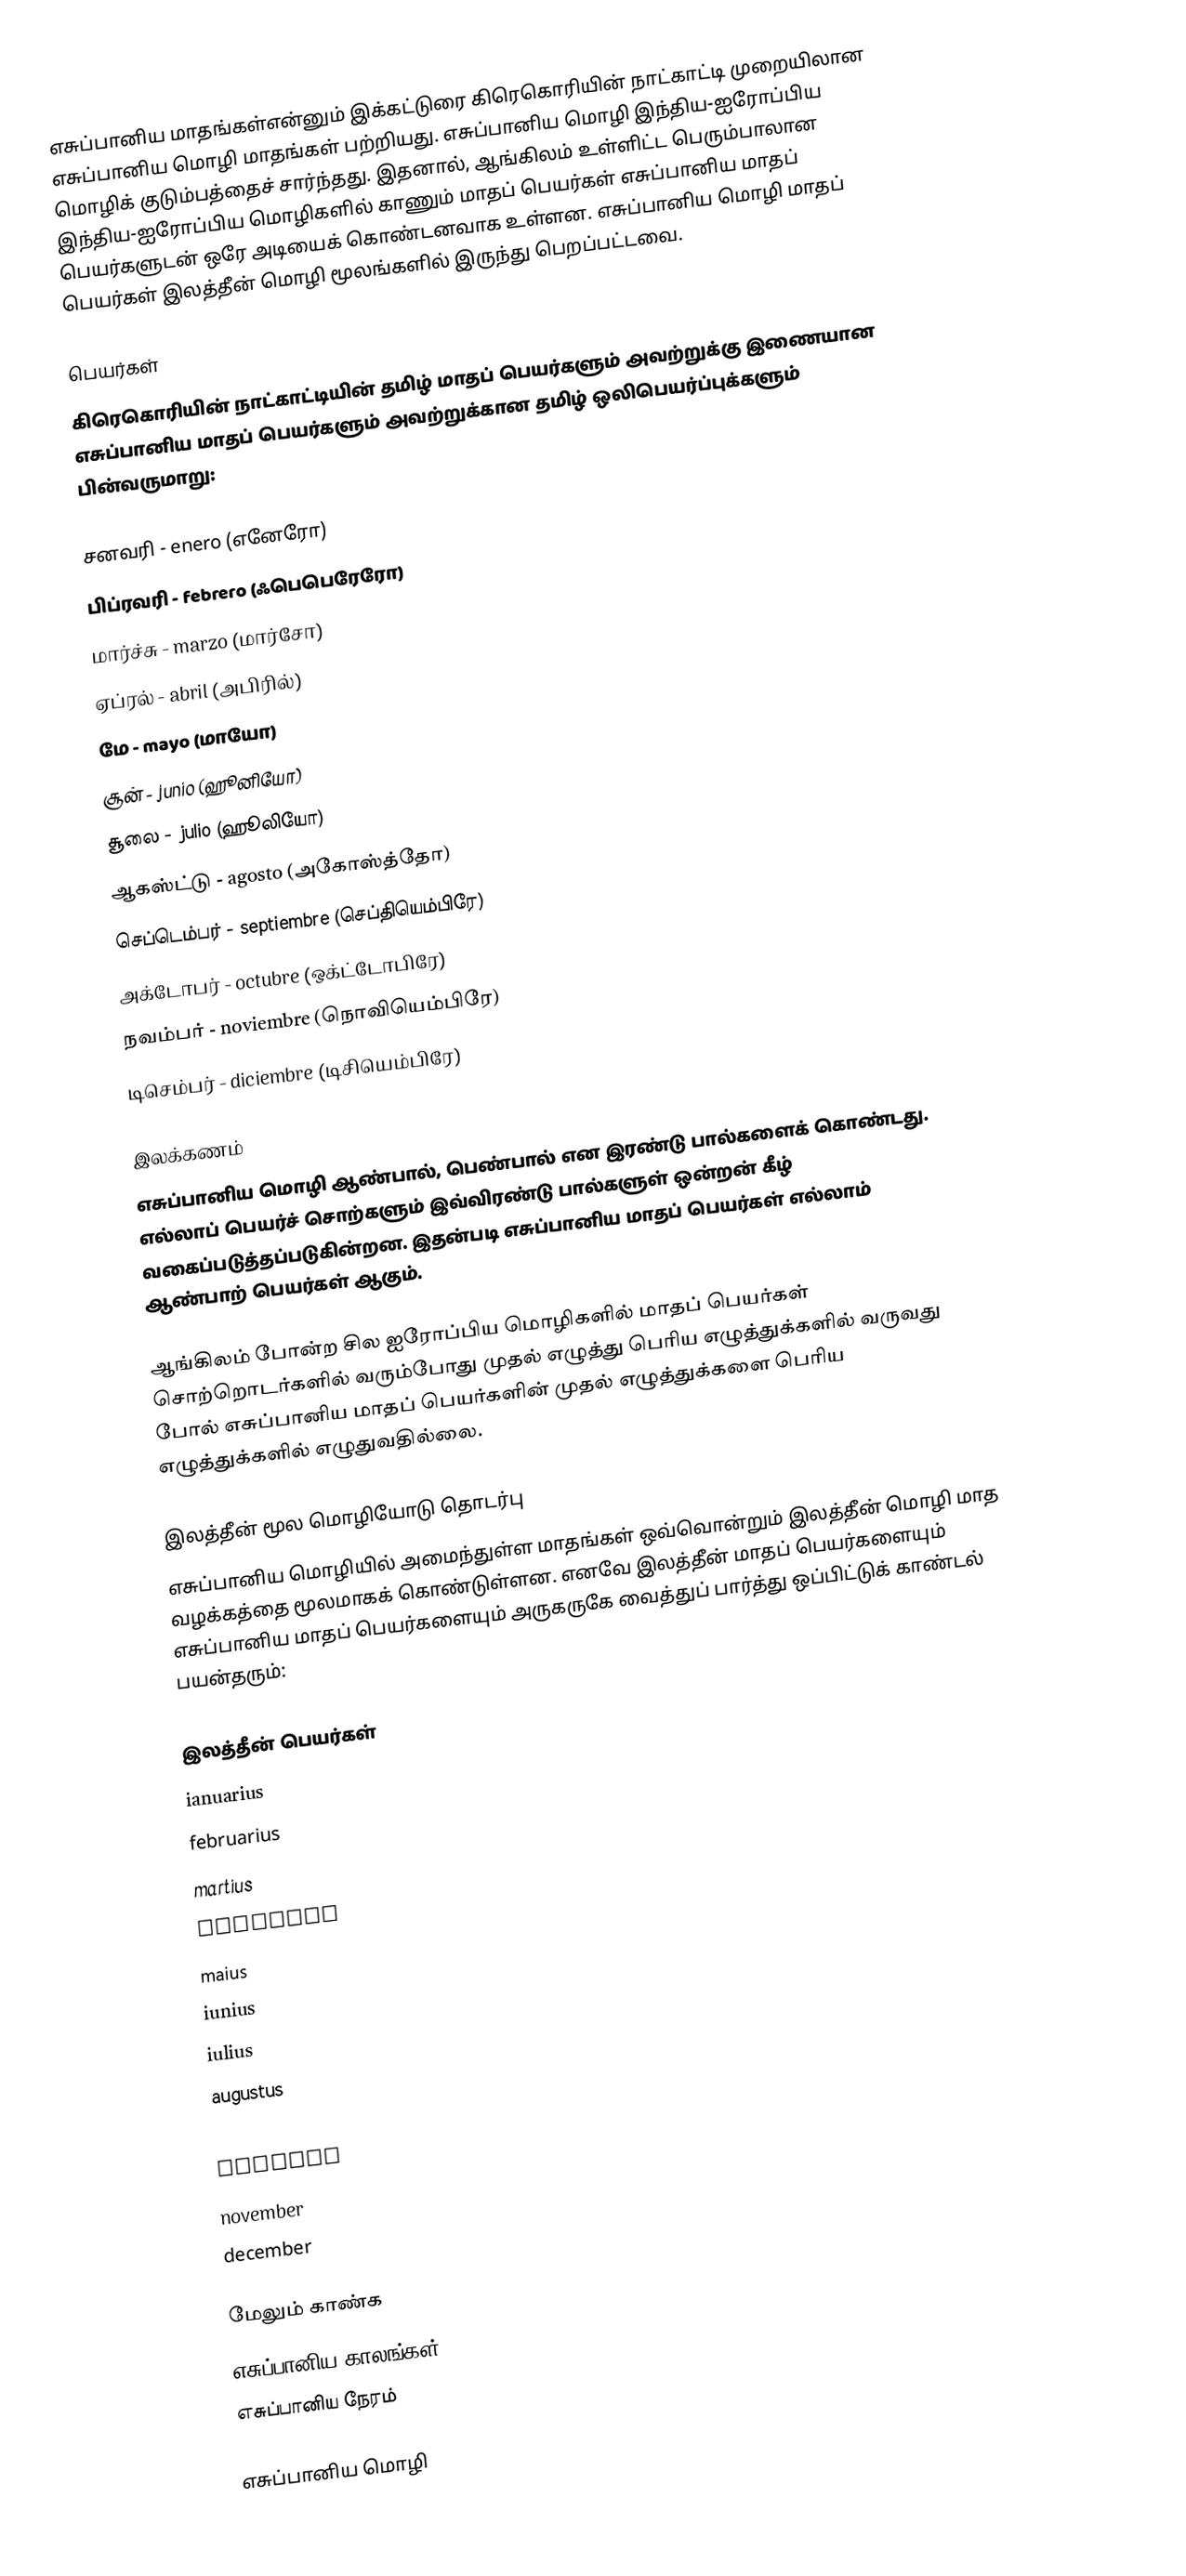
எசுப்பானிய மாதங்கள்என்னும் இக்கட்டுரை கிரெகொரியின் நாட்காட்டி முறையிலான எசுப்பானிய மொழி மாதங்கள் பற்றியது. எசுப்பானிய மொழி இந்திய-ஐரோப்பிய மொழிக் குடும்பத்தைச் சார்ந்தது. இதனால், ஆங்கிலம் உள்ளிட்ட பெரும்பாலான இந்திய-ஐரோப்பிய மொழிகளில் காணும் மாதப் பெயர்கள் எசுப்பானிய மாதப் பெயர்களுடன் ஒரே அடியைக் கொண்டனவாக உள்ளன. எசுப்பானிய மொழி மாதப் பெயர்கள் இலத்தீன் மொழி மூலங்களில் இருந்து பெறப்பட்டவை.

பெயர்கள்
கிரெகொரியின் நாட்காட்டியின் தமிழ் மாதப் பெயர்களும் அவற்றுக்கு இணையான எசுப்பானிய மாதப் பெயர்களும் அவற்றுக்கான தமிழ் ஒலிபெயர்ப்புக்களும் பின்வருமாறு:

 சனவரி - enero (எனேரோ)
 பிப்ரவரி - febrero (ஃபெபெரேரோ)
 மார்ச்சு - marzo (மார்சோ)
 ஏப்ரல் - abril (அபிரில்)
 மே - mayo (மாயோ)
 சூன் - junio (ஹூனியோ)
 சூலை - julio (ஹூலியோ)
 ஆகஸ்ட்டு - agosto (அகோஸ்த்தோ)
 செப்டெம்பர் - septiembre (செப்தியெம்பிரே)
 அக்டோபர் - octubre (ஒக்ட்டோபிரே)
 நவம்பர் - noviembre (நொவியெம்பிரே)
 டிசெம்பர் - diciembre (டிசியெம்பிரே)

இலக்கணம்
எசுப்பானிய மொழி ஆண்பால், பெண்பால் என இரண்டு பால்களைக் கொண்டது. எல்லாப் பெயர்ச் சொற்களும் இவ்விரண்டு பால்களுள் ஒன்றன் கீழ் வகைப்படுத்தப்படுகின்றன. இதன்படி எசுப்பானிய மாதப் பெயர்கள் எல்லாம் ஆண்பாற் பெயர்கள் ஆகும்.

ஆங்கிலம் போன்ற சில ஐரோப்பிய மொழிகளில் மாதப் பெயர்கள் சொற்றொடர்களில் வரும்போது முதல் எழுத்து பெரிய எழுத்துக்களில் வருவது போல் எசுப்பானிய மாதப் பெயர்களின் முதல் எழுத்துக்களை பெரிய எழுத்துக்களில் எழுதுவதில்லை.

இலத்தீன் மூல மொழியோடு தொடர்பு
எசுப்பானிய மொழியில் அமைந்துள்ள மாதங்கள் ஒவ்வொன்றும் இலத்தீன் மொழி மாத வழக்கத்தை மூலமாகக் கொண்டுள்ளன. எனவே இலத்தீன் மாதப் பெயர்களையும் எசுப்பானிய மாதப் பெயர்களையும் அருகருகே வைத்துப் பார்த்து ஒப்பிட்டுக் காண்டல் பயன்தரும்:

இலத்தீன் பெயர்கள்
ianuarius
februarius
martius
apriliis
maius
iunius
iulius
augustus
september
october
november
december

மேலும் காண்க
 எசுப்பானிய காலங்கள்
 எசுப்பானிய நேரம்

 எசுப்பானிய மொழி